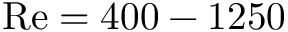
\mathrm { R e } = 4 0 0 - 1 2 5 0